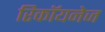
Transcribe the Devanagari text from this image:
रिकॉयनेज